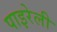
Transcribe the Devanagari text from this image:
पाइरेली